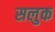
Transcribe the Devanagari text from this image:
सलुक